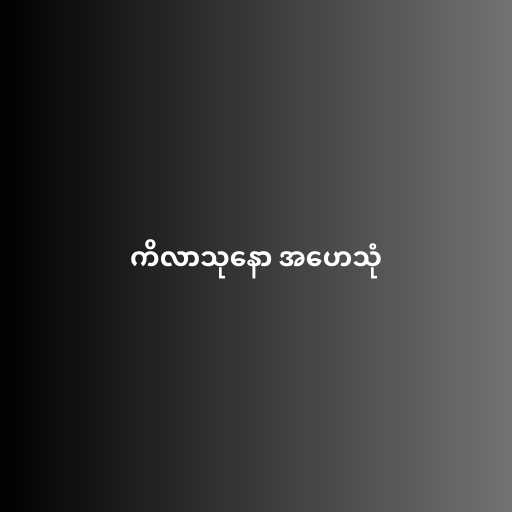
ကိလာသုနော အဟေသုံ